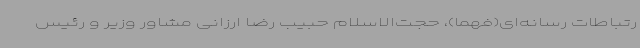
رتباطات رسانه‌ای(فهما)، حجت‌الاسلام حبیب رضا ارزانی مشاور وزیر و رئیس